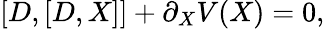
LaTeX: [D,[D,X]]+\partial_{X}V(X)=0,